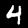
Label: 4